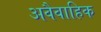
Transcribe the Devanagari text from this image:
अवैवाहिक